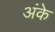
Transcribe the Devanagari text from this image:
अंके